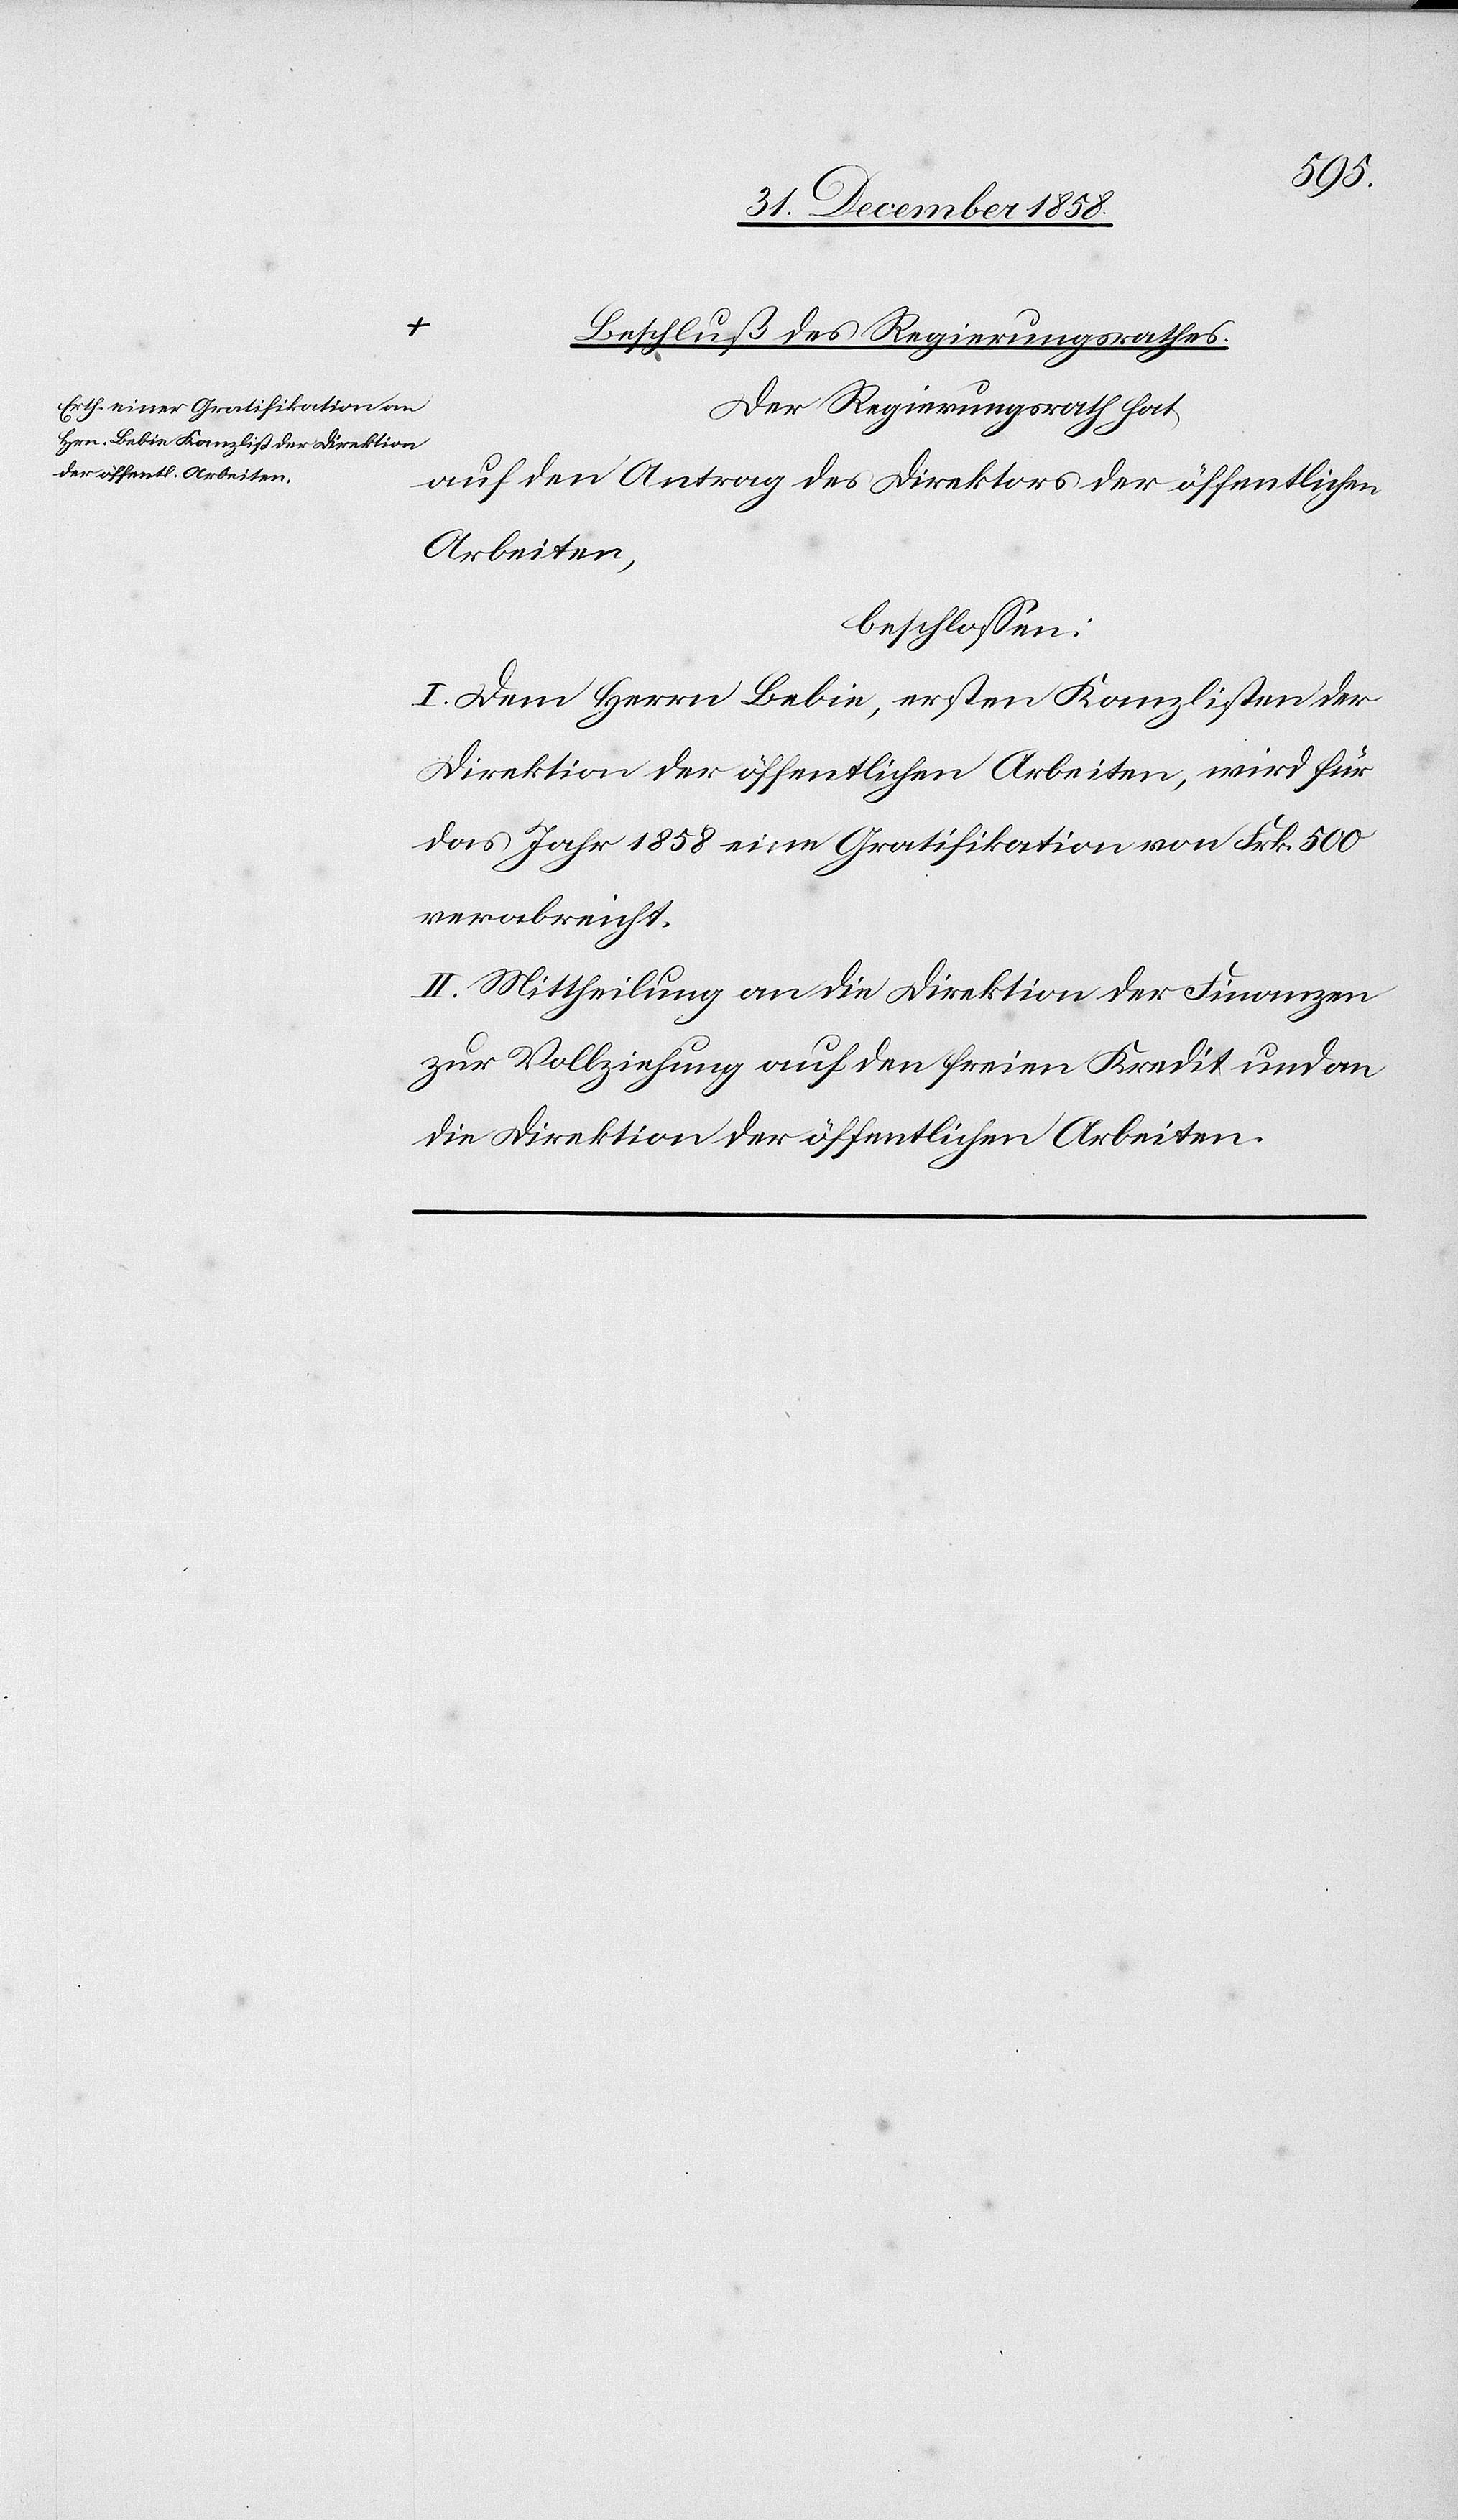
Beschluß des Regierungsrathes.
Der Regierungsrath hat
auf den Antrag des Direktors der öffentlichen
Arbeiten,
beschlossen:
I. Dem Herrn Bebie, ersten Kanzlisten der
Direktion der öffentlichen Arbeiten, wird für
das Jahr 1858 eine Gratifikation von Frk. 500
verabreicht.
II. Mittheilung an die Direktion der Finanzen
zur Vollziehung auf den freien Kredit und an
die Direktion der öffentlichen Arbeiten.